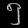
Digit: ၅